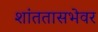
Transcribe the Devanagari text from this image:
शांततासभेवर